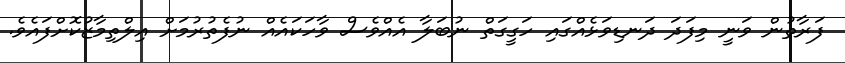
ފަރާތުން ވަނީ މިފަދަ ދަނޑިވަޅެއްގައި ހަގީގަތް ނުބަލާ އެއްވެސް ވާހަކައެއް ނުފެތުރުމަށް އިލްތިމާޒުކޮށްފައެވެ.